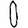
Digit: 0